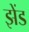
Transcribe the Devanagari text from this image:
झेंड